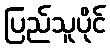
ပြည်သူပိုင်